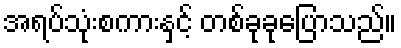
အရပ်သုံးစကားနှင့် တစ်ခုခုပြောသည်။